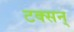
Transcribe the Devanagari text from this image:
टक्सन्